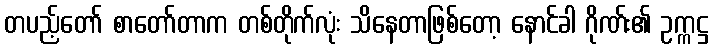
တပည့်တော် စာတော်တာက တစ်တိုက်လုံး သိနေတာဖြစ်တော့ နောင်ခါ ဂိုဏ်း၏ ဥက္ကဋ္ဌ